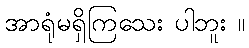
အာရုံမရှိကြသေး ပါဘူး ။